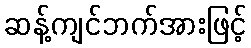
ဆန့်ကျင်ဘက်အားဖြင့်